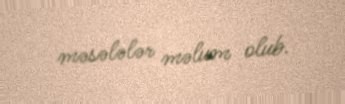
məsələlər məlum olub.